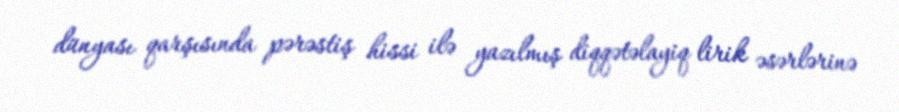
dünyası qarşısında pərəstiş hissi ilə yazılmış diqqətəlayiq lirik əsərlərinə